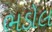
ભડોલ